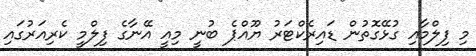
މި ފިލްމާއި ގުޅޭގޮތުން ޑައިރެކްޓަރު ޔޫއްޕެ ބުނީ މިއީ އޭނާގެ ފިލްމީ ކެރިއަރުގައި